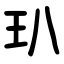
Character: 玐